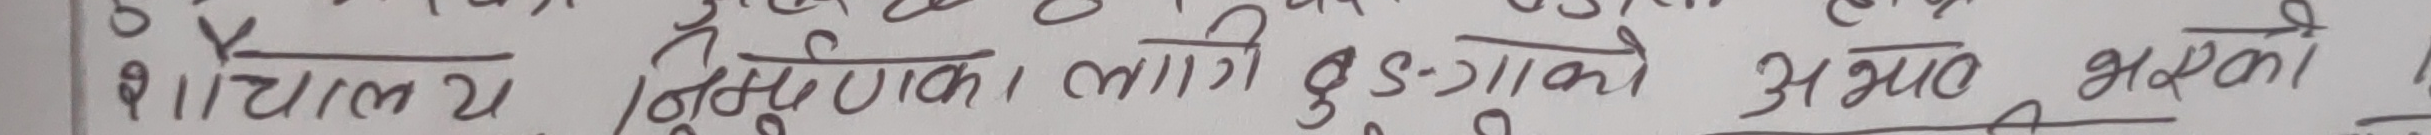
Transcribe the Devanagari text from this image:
१। चालु यो हिमुपाटको लागि बुडगाँउको अध्यक्ष भएको ।